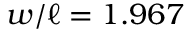
w / \ell = 1 . 9 6 7